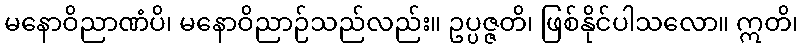
မနောဝိညာဏံပိ၊ မနောဝိညာဉ်သည်လည်း။ ဥပ္ပဇ္ဇတိ၊ ဖြစ်နိုင်ပါသလော။ ဣတိ၊